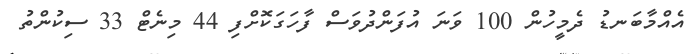
އެއްމާބަނޑު ދެމީހުން 100 ވަނަ އުފަންދުވަސް ފާހަގަކޮށްފި 44 މިނެޓް 33 ސިކުންތު